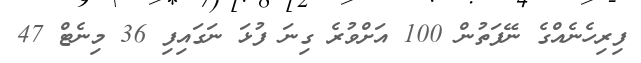
ފިރިހެނެއްގެ ނޭފަތުން 100 އަށްވުރެ ގިނަ ފުޅަ ނަގައިފި 36 މިނެޓް 47